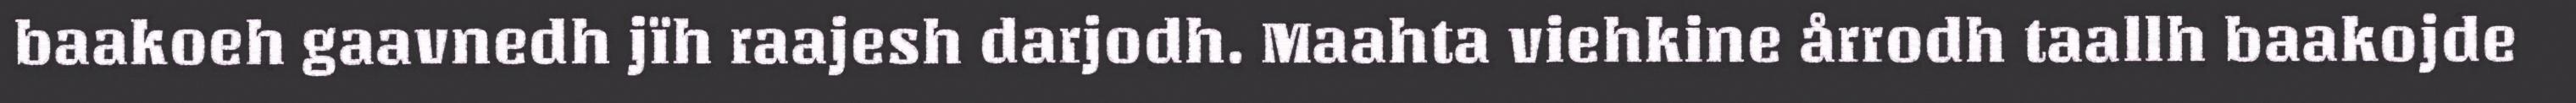
baakoeh gaavnedh jïh raajesh darjodh. Maahta viehkine årrodh taallh baakojde